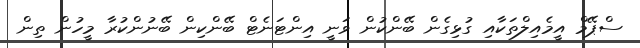
ސްޕޭމް އީމެއިލްތަކާއި ގުޅިގެން ބޭންކުން ވަނީ އިންޓަނެޓް ބޭންކިން ބޭނުންކުރާ މީހުން ތިން